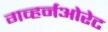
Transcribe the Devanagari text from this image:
गव्हर्नओरेट